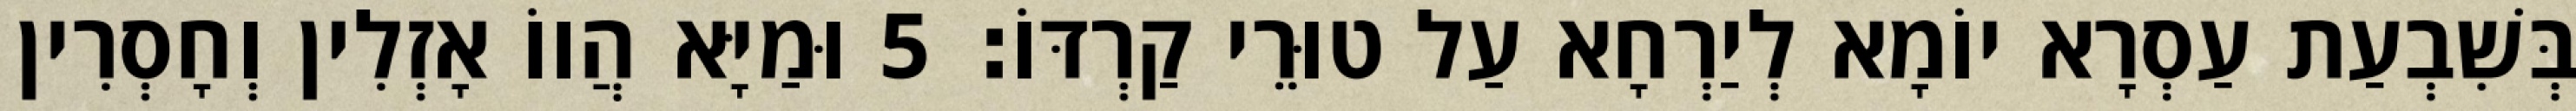
בְּשִׁבְעַת עַסְרָא יוֹמָא לְיַרְחָא עַל טוּרֵי קַרְדּוֹ׃ 5 וּמַיָּא הֲווֹ אָזְלִין וְחָסְרִין